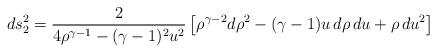
LaTeX: \begin{align*}d s_2^2 = \frac{2}{4 \rho^{\gamma-1} - (\gamma-1)^2 u^2} \left[\rho^{\gamma-2} d \rho^2 - (\gamma-1) u \, d \rho \, d u + \rho \, d u^2 \right] \end{align*}